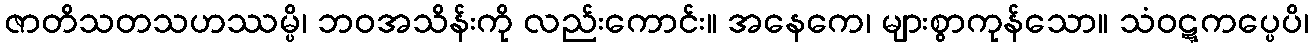
ဇာတိသတသဟဿမ္ပိ၊ ဘဝအသိန်းကို လည်းကောင်း။ အနေကေ၊ များစွာကုန်သော။ သံဝဋ္ဋကပ္ပေပိ၊